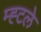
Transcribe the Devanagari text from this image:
म्ह्टले